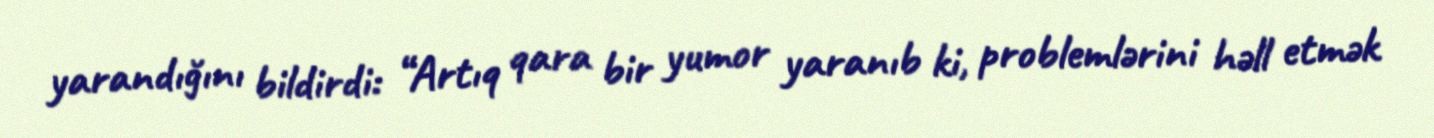
yarandığını bildirdi: “Artıq qara bir yumor yaranıb ki, problemlərini həll etmək